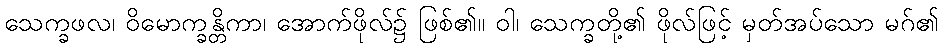
သေက္ခဖလ၊ ဝိမောက္ခန္တိကာ၊ အောက်ဖိုလ်၌ ဖြစ်၏။ ဝါ၊ သေက္ခတို့၏ ဖိုလ်ဖြင့် မှတ်အပ်သော မဂ်၏